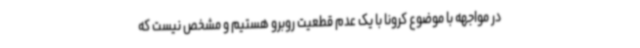
در مواجهه با موضوع کرونا با یک عدم قطعیت روبرو هستیم و مشخص نیست که